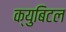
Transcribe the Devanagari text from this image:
क्युबिटल